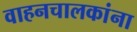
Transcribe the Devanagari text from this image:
वाहनचालकांना